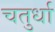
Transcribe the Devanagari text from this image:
चतुर्धा